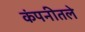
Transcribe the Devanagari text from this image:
कंपनीतले